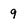
Character: 9